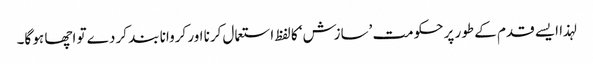
لہذا ایسے قدم کے طور پر حکومت ’سازش‘ کا لفظ استعمال کرنا اور کروانا بند کر دے تو اچھا ہو گا۔